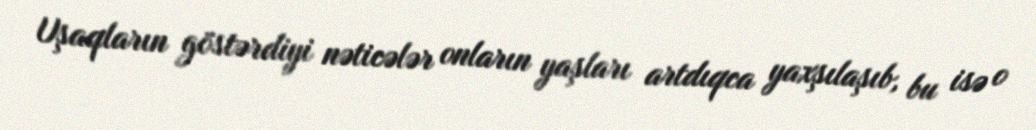
Uşaqların göstərdiyi nəticələr onların yaşları artdıqca yaxşılaşıb, bu isə o